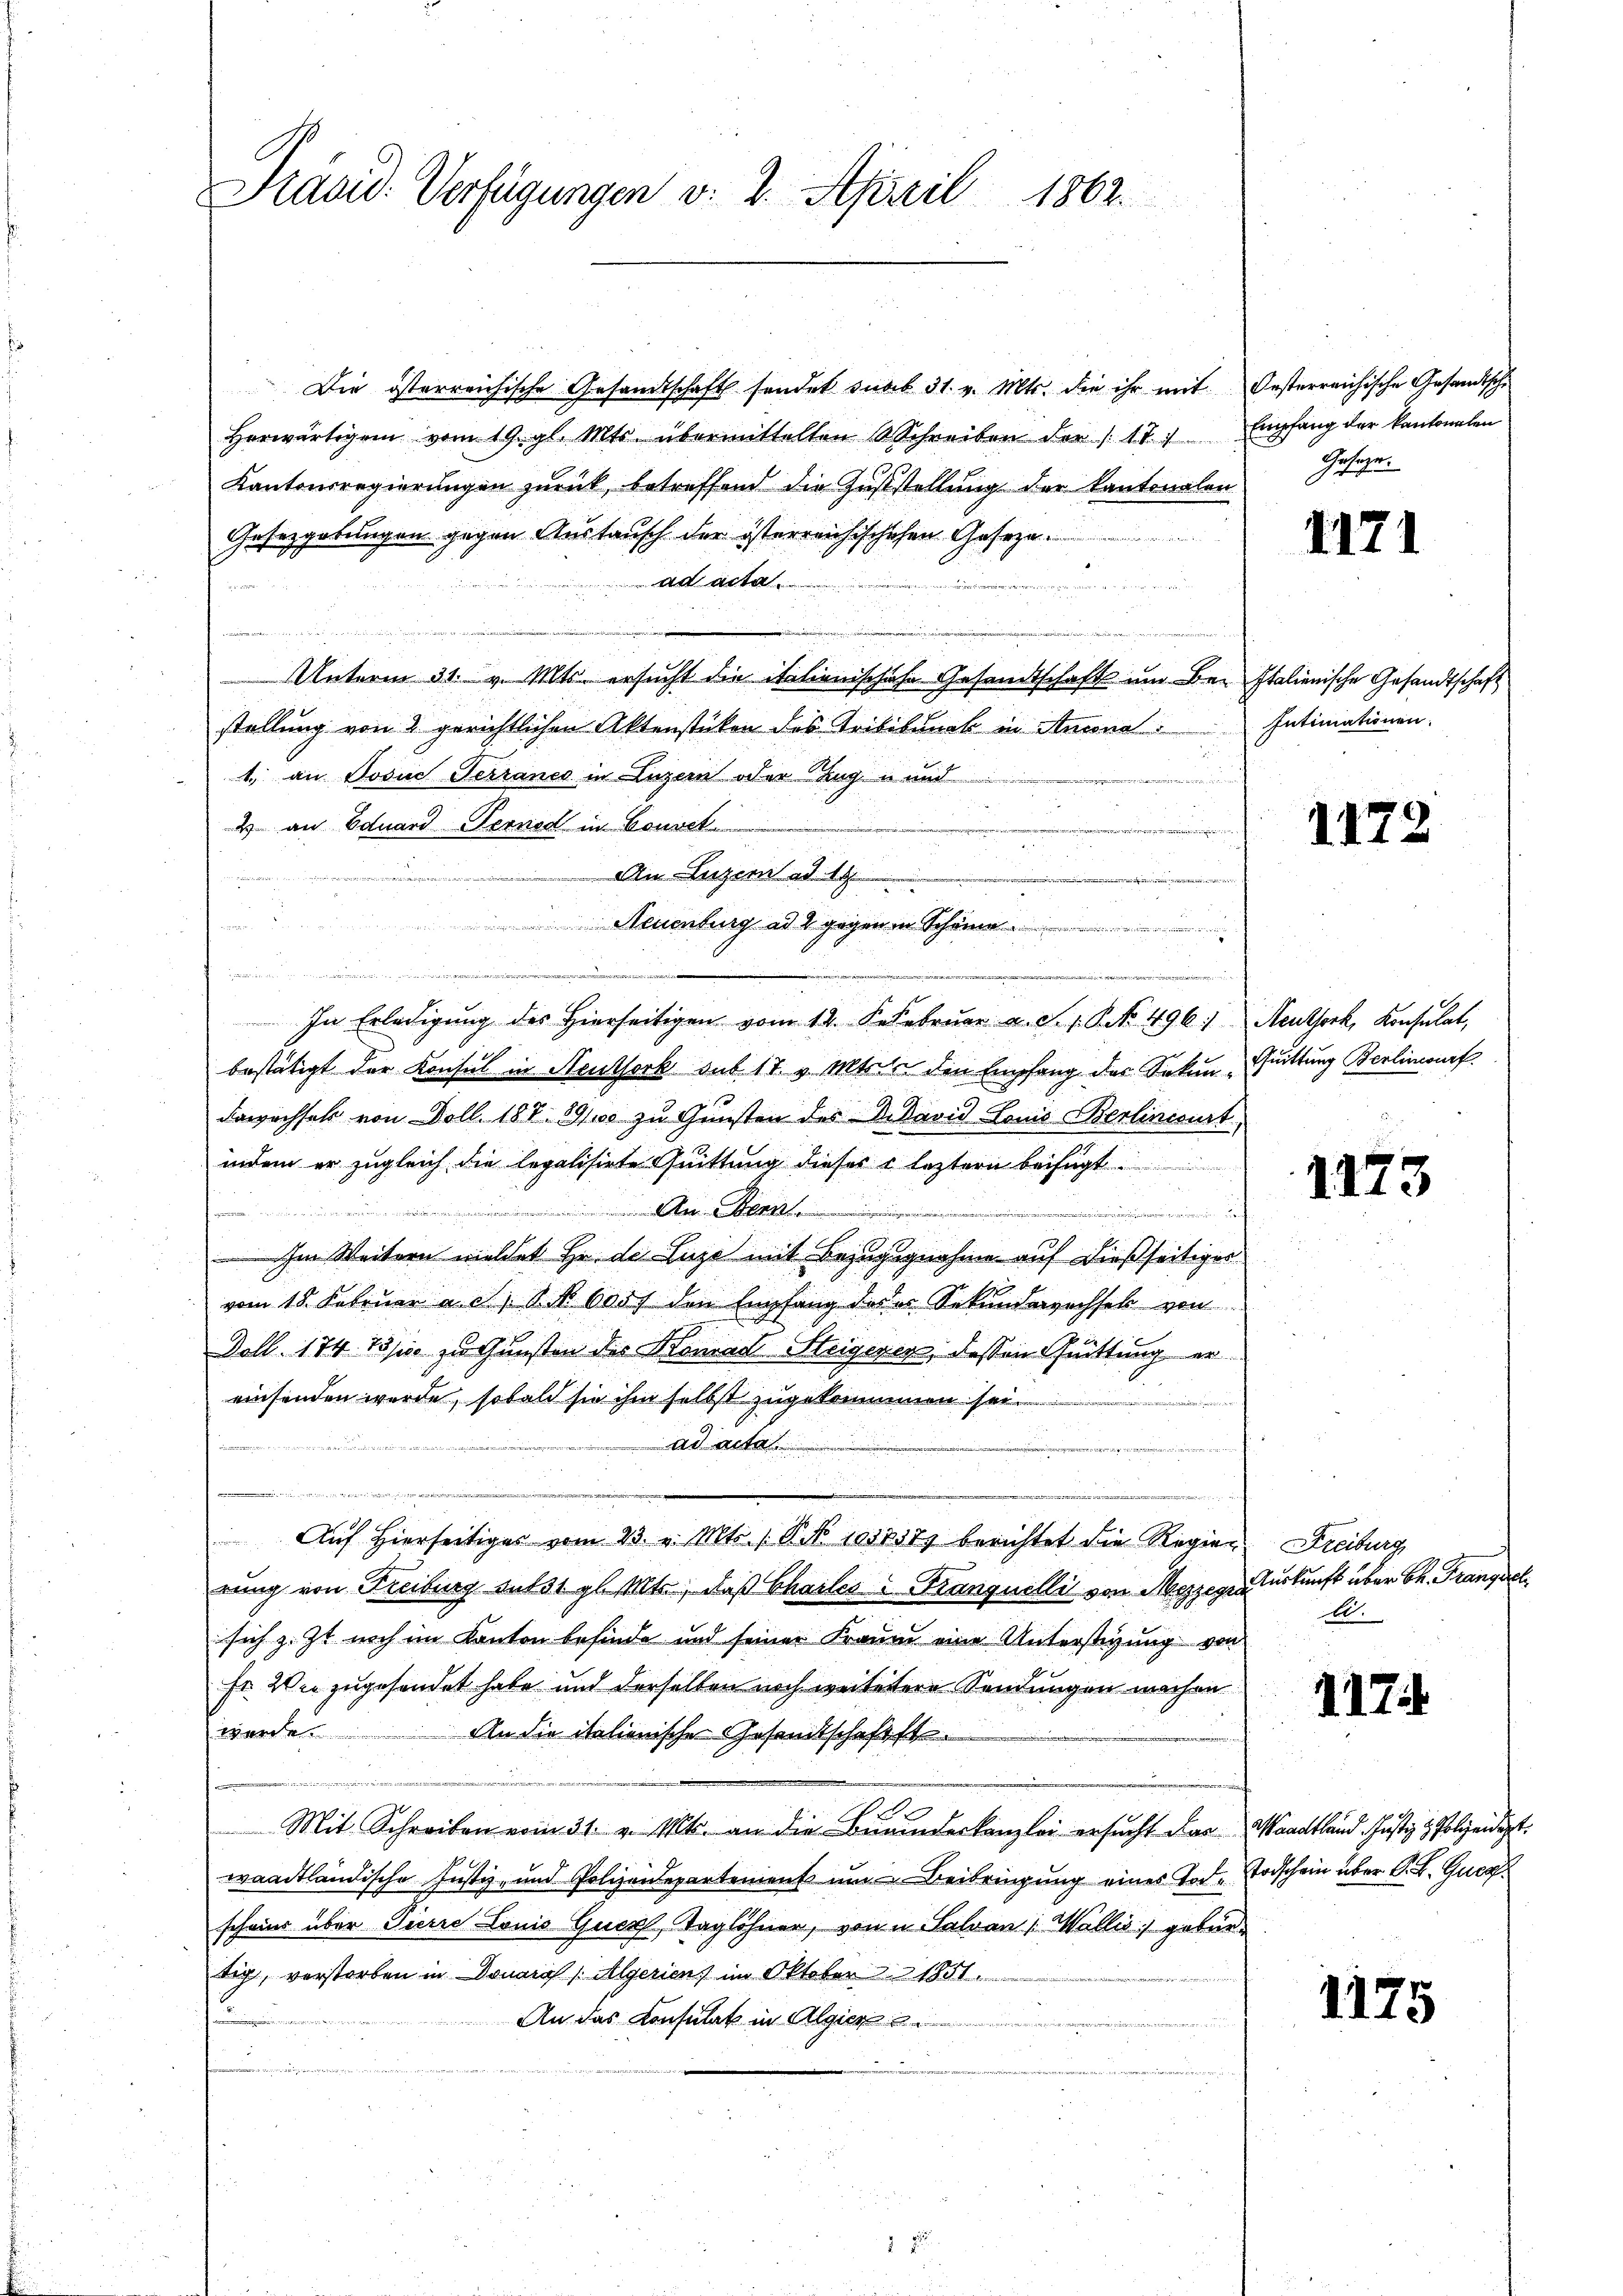
Die österreichische Gesandtschaft sonder sub 31. v. Mts. die ihr mit Oesterreichische Gesandtsche
Herwärtigen vom 19. gl. Mts. übermittelten Schreiben der 17. Empfang der kantonalen
Kantonsregierungen zurück, betreffend die Gusstellung der Kantonalen
Gesetzgebungen gegen Austausch der österreichischehen Gesetze.

ad acta
e 9
Unterm 31. v. Mts. ersucht die italienischehe Gesandtschaft um Bei Italienische Gesandtschaft
stellung von 2 gerichtlichen Aktenstücken des Tribibunal in Anna
1. an Josue Terrancs in Luzern oder Zug u. und
e
2 an Eduard Pernod in Gouvel
n
 er den werden Zürich
An Luzern ad 14
i

e
Neuenburg ad 1 gegen in Scheine

In Erledigung des Hierseitigen vom 14. S.Februar a. S. 1 Pf. 496 Aeuthork, Konsulat,
bestätigt der Konsul in Neuthork auf 17 v. Mts. den Empfang der Sekun-Quittung Berlinwurf.
dawachsels von Doll. 187. 891000 zu Gunsten des Vikavid Louis Berlinisirt,
indem er zugleich die legalisirte Quittung dieser  leztern beifügt

.................
a

 Im Weitern meldet Hr. de Luze mit Bezugsgnahme auf dießseitiger
vom 18. Februar a. c., S. Nr. 605 f den Empfang des es Sekunderrechsel von
Doll. 174. Josis zu Gunsten des Konrad Steigeren, dessen Quittung ereinsenden wurde, sobald sie ihm selbst zugekommen sei.
ad acta
u
n
r
Aŭf Hierseitiges vom 23. v. Mts. (N. N. 105737) berichtet die Regier
rung von Freiburg subst gl. Mts., daß Chailes u Kranquelli von Mezzegra
sich z. Zt. noch im Kanton befinde und seiner Fraume eine Unterstigung von
Fr. Wie zugesendet habe und derselben noch weitetere Sendungen machen
werde. An die italienische Gesandtschaftst
Mit Schreiben vom 31. v. Mts. an die Branderkanzlei ersucht das Waadtland Justiz & Polizeidigt.
waadtländische Justiz- und Polizendepartemens um Beibringung eines Tod. Todschein über K. B. Gurg
schmer über Pierre Louis Quer, Taglöhner, von u. Salvan : Wallis) gebürtig, verstorben in Donarch /: Algerien) im Oktober 1881
An das Consulat in Algier
s
m

Präsid. Verfügungen v. 2. April 1862.

e

Gesetzen.

1171

Intimationen.

1172

1173

Freiburg,
Auskunft über Ch. Prangerech
A.

1174

1175